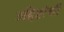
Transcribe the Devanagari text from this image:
उद्दिष्टांशी